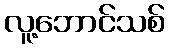
လူ့ဘောင်သစ်